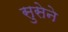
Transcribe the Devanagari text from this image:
सुसेने